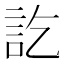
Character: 訖